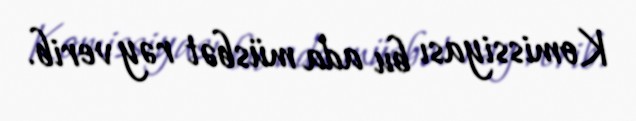
Komissiyası bu ada müsbət rəy verib.